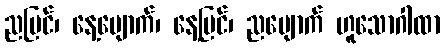
ညမြင်၊ နေ့ပျောက်၊ နေ့မြင်၊ ညပျောက် ဟူသောဂါထာ